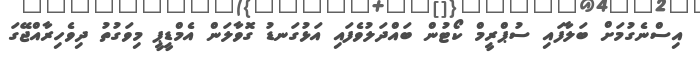
އިސްނެގުމަށް ބަލާފައި ސުޕްރީމް ކޯޓުން ބައްދަލުވެފައި އަޅުގަނޑު ގޮވާލަން އެމްޑީޕީ މިވަގުތު ދިވެހިރާއްޖޭގަ